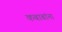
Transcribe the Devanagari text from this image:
कबाबांना